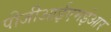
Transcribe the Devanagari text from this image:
पीजीआईएमईआर